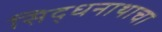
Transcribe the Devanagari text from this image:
सिद्धनाथाचा